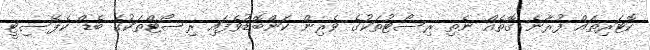
ކޮޓަރިތައް ފުރާނެ ގޮތެއް ނެތި ރިސޯޓުތަކުގެ ވެރިން ކަންބޮޑުވެފައި ރިސޯޓްތަކުގެ ބެޑް ކެޕޭސިޓީ